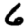
Digit: 6